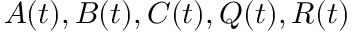
{ \mathbf { } } A ( t ) , B ( t ) , C ( t ) , Q ( t ) , R ( t )